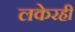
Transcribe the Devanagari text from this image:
लकेरही